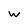
Character: w